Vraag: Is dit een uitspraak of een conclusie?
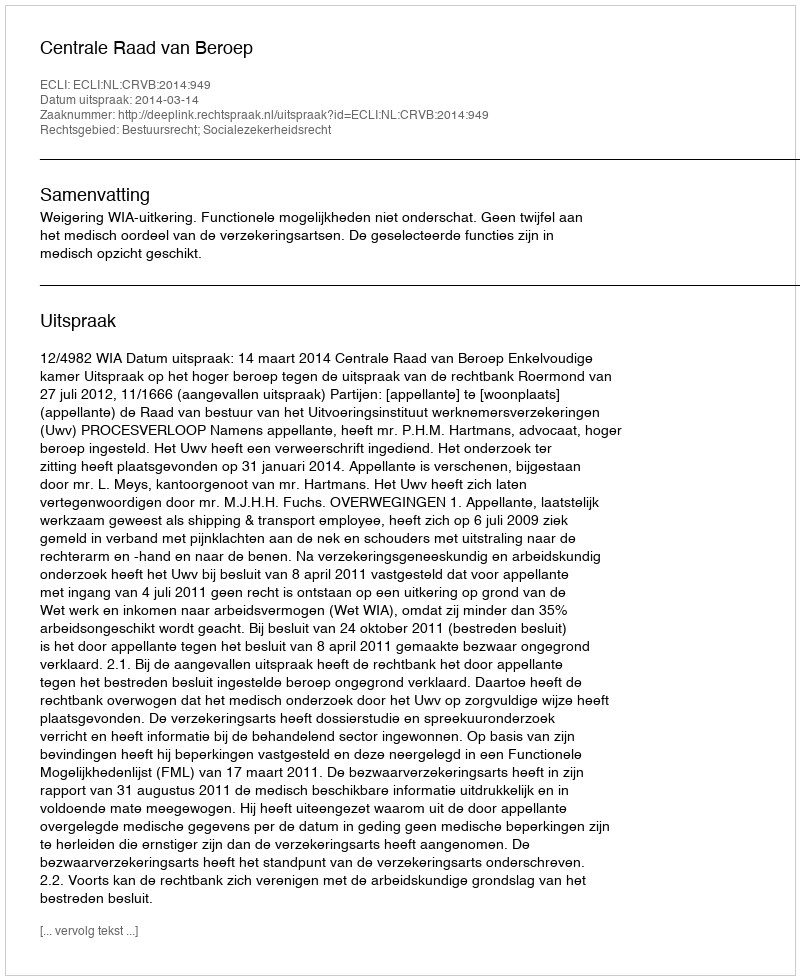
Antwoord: Uitspraak